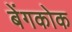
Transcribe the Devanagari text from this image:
बेंगकोक